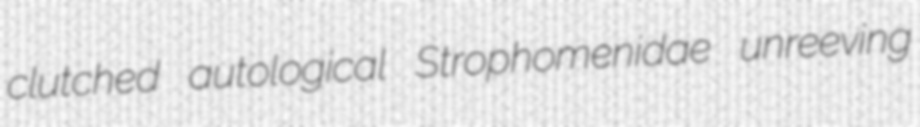
clutched autological Strophomenidae unreeving